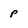
Character: p